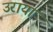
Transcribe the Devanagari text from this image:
उराया